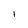
Character: 1